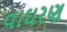
વાઘરણ